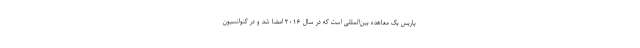
پاریس یک معاهده بین‌المللی است که در سال ۲۰۱۶ امضا شد و در کنوانسیون